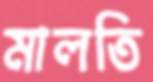
মালতি